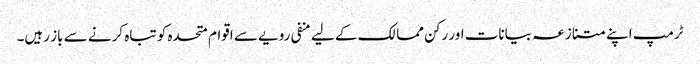
ٹرمپ اپنے متنازعہ بیانات اور رکن ممالک کے لیے منفی رویے سے اقوام متحدہ کو تباہ کرنے سے باز رہیں۔